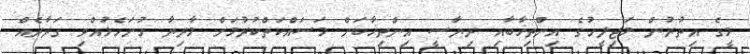
މީގެ އިތުރުން މަޖިލީހުގެ އިންތިޚާބާއި ރިޔާސީ އިންތިޚާބަށް މަސައްކަތްކުރުމަށް މާރިޔާ ހުށަހެޅުއްވި ގަރާރެއް